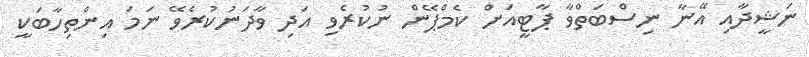
ނަޝީދާއި އޭނާ ނިސްބަތްވާ ޕާޓީއަށް ކެމްޕޭން ނުކުރެވި އަދި ވާދަނުކުރެވޭ ނަމަ އިންތިހާބަކީ